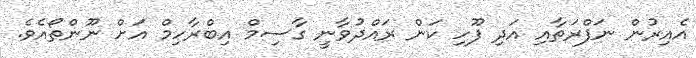
އެއިރުން ނަފްރަތާއި އަދި ފޫހި ކަން ރައްދުވާނީ ގާސިމް އިބްރާހިމް އަށް ނޫންތޯއެވެ.